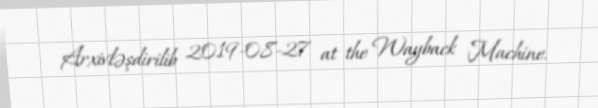
Arxivləşdirilib 2019-08-27 at the Wayback Machine.